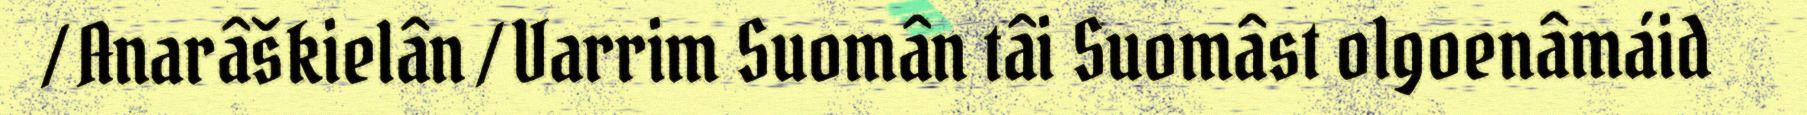
/ Anarâškielân / Varrim Suomân tâi Suomâst olgoenâmáid